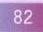
82